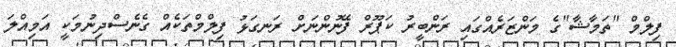
ފިލްމް "ތަމާޝާ"ގެ މަންޒަރެއްގައި ރަންބީރު ކަޕޫރް ފޭނުންނަށް ރަނގަޅު ފިލްމްތަކެއް ގެނެސްދިނުމަކީ އަމިއްލަ